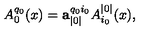
A _ { 0 } ^ { q _ { 0 } } ( x ) = \mathbf { a } _ { | 0 | } ^ { q _ { 0 } i _ { 0 } } A _ { i _ { 0 } } ^ { | 0 | } ( x ) ,